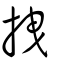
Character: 拽